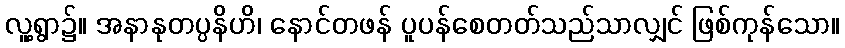
လူ့ရွာ၌။ အနာနုတပ္ပနိဟိ၊ နောင်တဖန် ပူပန်စေတတ်သည်သာလျှင် ဖြစ်ကုန်သော။